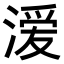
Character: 𭱵